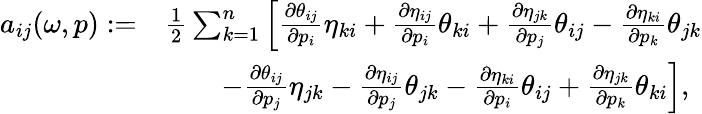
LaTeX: \begin{array}{rl}{a_{ij}(\omega,p):=}&{\frac{1}{2}\sum_{k=1}^{n}\Big[\frac{\partial\theta_{ij}}{\partial p_{i}}\eta_{ki}+\frac{\partial\eta_{ij}}{\partial p_{i}}\theta_{ki}+\frac{\partial\eta_{jk}}{\partial p_{j}}\theta_{ij}-\frac{\partial\eta_{ki}}{\partial p_{k}}\theta_{jk}}\\ &{\qquad-\frac{\partial\theta_{ij}}{\partial p_{j}}\eta_{jk}-\frac{\partial\eta_{ij}}{\partial p_{j}}\theta_{jk}-\frac{\partial\eta_{ki}}{\partial p_{i}}\theta_{ij}+\frac{\partial\eta_{jk}}{\partial p_{k}}\theta_{ki}\Big],}\end{array}